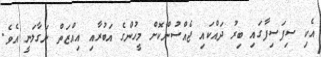
އެކި ސިފަސިފާގައި ބިރު ދައްކައި ޖެއްސުންކޮށް މީހުންގެ އަބުރާއި އިއްޒަތް ނަގާލަނީ އެވެ.